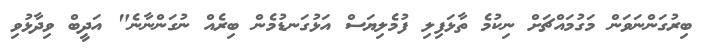
ބިރުގަންނަވަން މަގުމައްޗަށް ނިކުމެ ތާޅަފިލި ފުމެލިޔަސް އަޅުގަނޑުމެން ބިރެއް ނުގަންނާނެ" އަދީބް ވިދާޅުވި